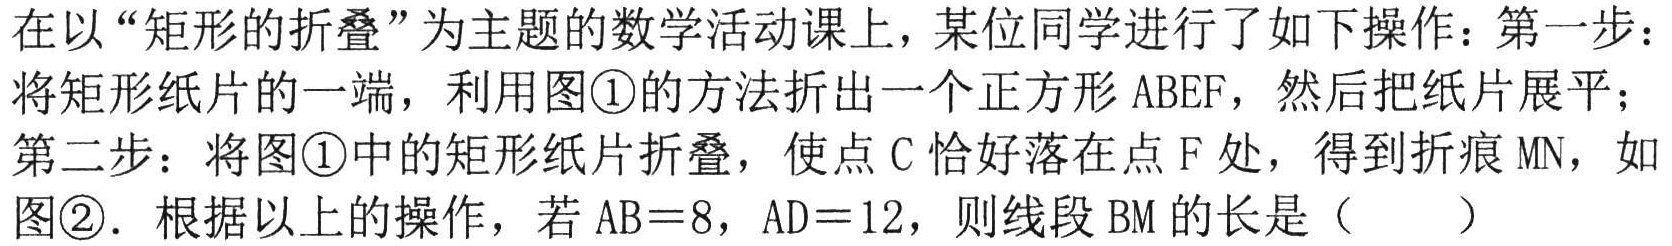
在以“矩形的折叠”为主题的数学活动课上，某位同学进行了如下操作：第一步：将矩形纸片的一端，利用图\textcircled{1}的方法折出一个正方形 ABEF，然后把纸片展平；第二步：将图\textcircled{1}中的矩形纸片折叠，使点 C 恰好落在点 F 处，得到折痕 MN，如图\textcircled{2}．根据以上的操作，若 AB = 8，AD = 12，则线段 BM 的长是（  ）